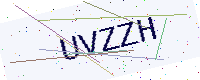
Text: UVZZH